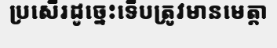
ប្រសើរដូច្នេះទើបត្រូវមានមេត្តា